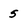
Character: 5